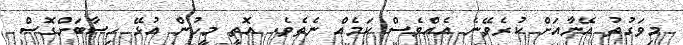
މިވަގުތު އޭނާއަށް ކުރެވޭނެ އެއްވެސް ކަމެއް ނެތެވެ. އޮތީ މީހުން އުޅޭ ހިސާބަށްގޮސް